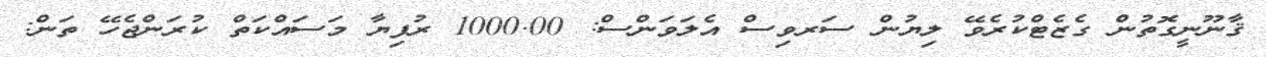
ޤާނޫނީގޮތުން ގެޒެޓްކުރެވޭ ލިޔުން ސަރވިސް އެލަވަންސް: 1000.00 ރުފިޔާ މަސައްކަތް ކުރަންޖެހޭ ތަން: